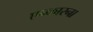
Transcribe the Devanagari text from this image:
एन्कारना